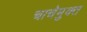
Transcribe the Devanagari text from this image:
चाचेमुक्त